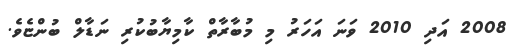
2008 އަދި 2010 ވަނަ އަހަރު މި މުބާރާތް ކާމިޔާބުކުރި ނަޑާލް ބުންޏެވެ.